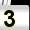
Digit: 3